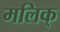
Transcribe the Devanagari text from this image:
मलिक्